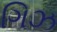
ગિઝ